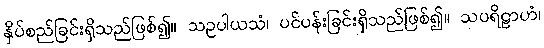
နှိပ်စည်ခြင်းရှိသည်ဖြစ်၍။ သဥပါယသံ၊ ပင်ပန်းခြင်းရှိသည်ဖြစ်၍။ သပရိဠာဟံ၊